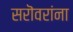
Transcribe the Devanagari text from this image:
सरॊवरांना